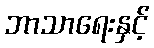
ဘာသာရေးနှင့်